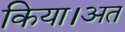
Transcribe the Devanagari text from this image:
किया।अत